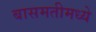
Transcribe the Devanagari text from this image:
बासमतीमध्ये